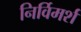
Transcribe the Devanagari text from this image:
निर्विमर्श